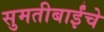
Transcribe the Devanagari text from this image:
सुमतीबाईंचे